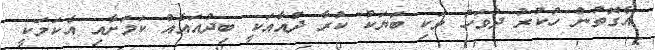
އެގޮތުން ހުކުރު ދުވަހު ވަކި ބަޔަކު ކުރާ ދުއާއަކީ ބިދުއައެއް ކަމަށާއި އެކަމަކީ